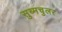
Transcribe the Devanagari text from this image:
सुब्मचुलर